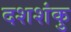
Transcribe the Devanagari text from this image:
दशशंकु